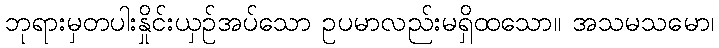
ဘုရားမှတပါးနှိုင်းယှဉ်အပ်သော ဥပမာလည်းမရှိထသော။ အသမသမော၊